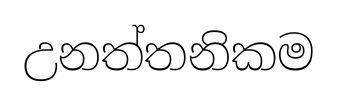
උනත්තනිකම